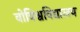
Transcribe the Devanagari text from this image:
वोविश्वविद्यालय